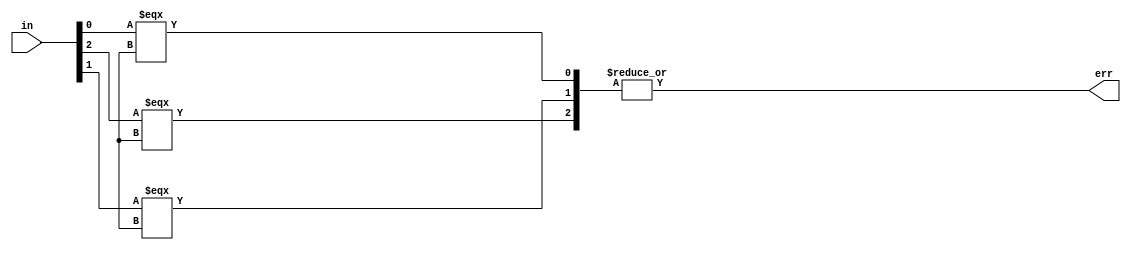
module err_ck_3b(in, err);

	input [2:0] in;
	output err;

	wire [2:0] tmp;

	assign tmp[2] = in[2] === 1'bx;
	assign tmp[1] = in[1] === 1'bx;
	assign tmp[0] = in[0] === 1'bx;

	assign err = |tmp;

endmodule